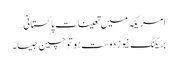
امریکہ میں تعینات پاکستانی…
بریکنگ نیوز دوست ہو تو چین جیسا ۔